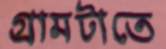
গ্রামটাতে